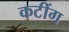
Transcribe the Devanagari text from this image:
कटींग